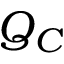
Q _ { C }